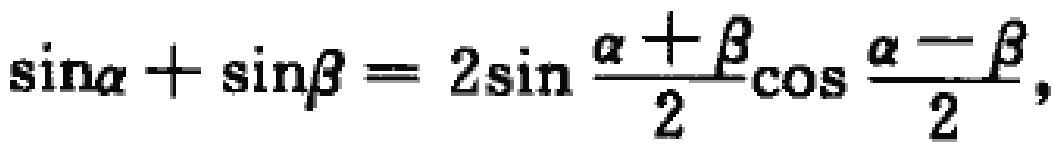
\(\sin\alpha + \sin\beta = 2\sin \frac{\alpha + \beta}{2}\cos \frac{\alpha - \beta}{2},\)